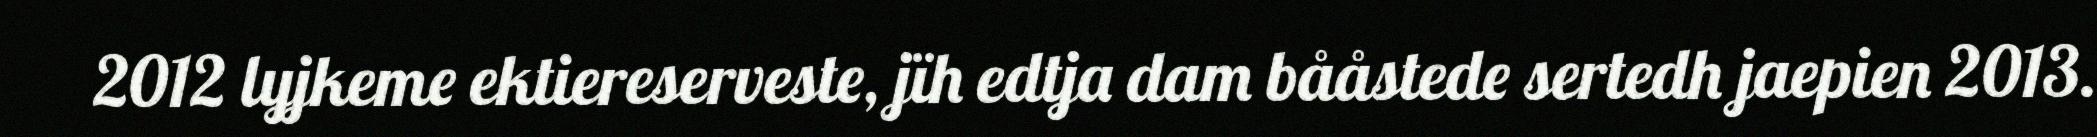
2012 lyjkeme ektiereserveste, jïh edtja dam bååstede sertedh jaepien 2013.